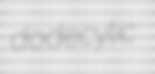
dodecylic